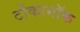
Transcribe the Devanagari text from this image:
टोकामॉक